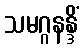
သမဂ္ဂနန္ဒိံ